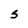
Character: S